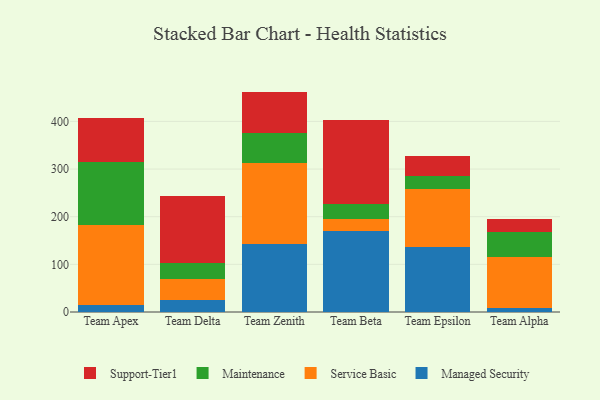
{"axis": {"x": "Team", "y": "Market Share (%)"}, "legend": ["Maintenance", "Managed Security", "Service Basic", "Support-Tier1"], "data": [{"x": "Team Apex", "y": 14.4, "type": "Managed Security"}, {"x": "Team Apex", "y": 168.0, "type": "Service Basic"}, {"x": "Team Apex", "y": 131.5, "type": "Maintenance"}, {"x": "Team Apex", "y": 92.7, "type": "Support-Tier1"}, {"x": "Team Delta", "y": 25.1, "type": "Managed Security"}, {"x": "Team Delta", "y": 45.1, "type": "Service Basic"}, {"x": "Team Delta", "y": 32.8, "type": "Maintenance"}, {"x": "Team Delta", "y": 140.3, "type": "Support-Tier1"}, {"x": "Team Zenith", "y": 143.6, "type": "Managed Security"}, {"x": "Team Zenith", "y": 169.4, "type": "Service Basic"}, {"x": "Team Zenith", "y": 61.7, "type": "Maintenance"}, {"x": "Team Zenith", "y": 87.9, "type": "Support-Tier1"}, {"x": "Team Beta", "y": 169.4, "type": "Managed Security"}, {"x": "Team Beta", "y": 25.0, "type": "Service Basic"}, {"x": "Team Beta", "y": 33.1, "type": "Maintenance"}, {"x": "Team Beta", "y": 175.8, "type": "Support-Tier1"}, {"x": "Team Epsilon", "y": 136.5, "type": "Managed Security"}, {"x": "Team Epsilon", "y": 121.4, "type": "Service Basic"}, {"x": "Team Epsilon", "y": 26.8, "type": "Maintenance"}, {"x": "Team Epsilon", "y": 42.8, "type": "Support-Tier1"}, {"x": "Team Alpha", "y": 7.4, "type": "Managed Security"}, {"x": "Team Alpha", "y": 107.1, "type": "Service Basic"}, {"x": "Team Alpha", "y": 53.1, "type": "Maintenance"}, {"x": "Team Alpha", "y": 27.3, "type": "Support-Tier1"}]}